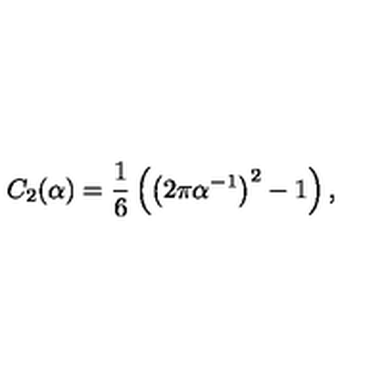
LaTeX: C _ { 2 } ( \alpha ) = \frac 1 6 \left( \left( 2 \pi \alpha ^ { - 1 } \right) ^ { 2 } - 1 \right) ,